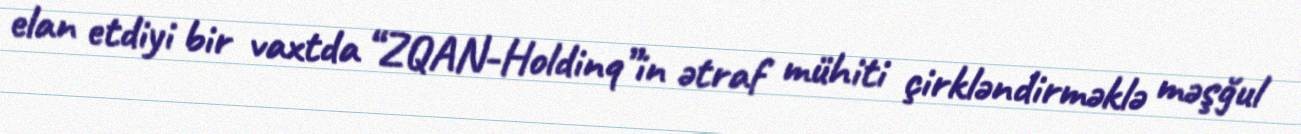
elan etdiyi bir vaxtda “ZQAN-Holdinq”in ətraf mühiti çirkləndirməklə məşğul